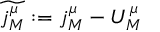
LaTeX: \widetilde { j _ { M } ^ { \mu } } : = j _ { M } ^ { \mu } - U _ { M } ^ { \mu }